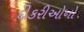
દીકરીઓનો